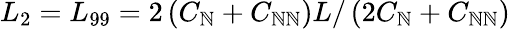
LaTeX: L_{2}=L_{99}=2\left(C_{\mathbb{N}}+C_{\mathbb{N}\mathbb{N}}\right)L/\left(2C_{\mathbb{N}}+C_{\mathbb{N}\mathbb{N}}\right)